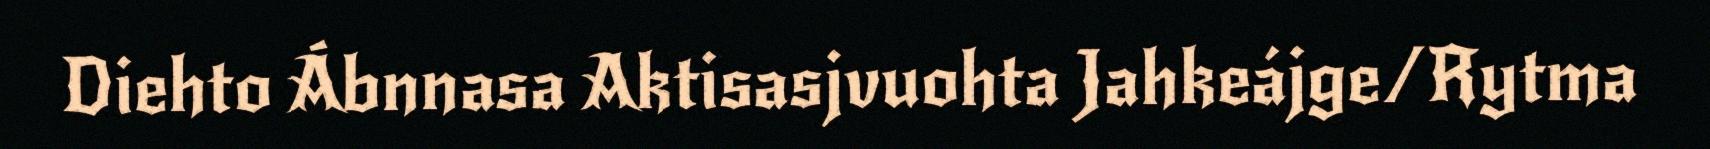
Diehto Ábnnasa Aktisasjvuohta Jahkeájge/Rytma